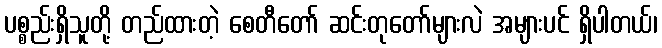
ပစ္စည်းရှိသူတို့ တည်ထားတဲ့ စေတီတော် ဆင်းတုတော်များလဲ အများပင် ရှိပါတယ်၊